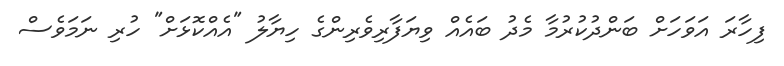
ފިހާރަ އަވަހަށް ބަންދުކުރުމާ މެދު ބައެއް ވިޔަފާރިވެރިންގެ ހިޔާލު "އެއްކޮޅަށް" ހުރި ނަމަވެސް